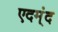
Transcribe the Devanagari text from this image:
एदम्ंद